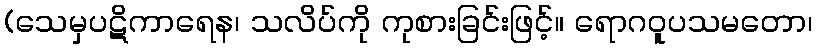
(သေမှပဋိကာရေန၊ သလိပ်ကို ကုစားခြင်းဖြင့်။ ရောဂဝူပသမတော၊